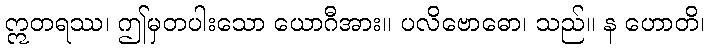
ဣတရဿ၊ ဤမှတပါးသော ယောဂီအား။ ပလိဗောဓော၊ သည်။ န ဟောတိ၊